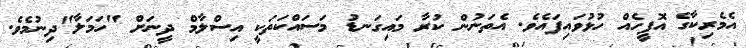
އެމެރިކާގެ އޮފީހެއް ހުޅުވައިފައެވެ. އެތަނުން ކުރާ މައިގަނޑު މަސައްކަތަކީ އިސްލާމް ދީނަށް "ހަމަލާ"ދިނުމެވެ.